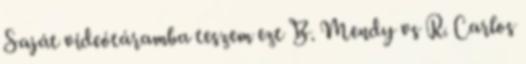
Saját videótáramba teszem ezt B. Mendy vs R. Carlos